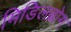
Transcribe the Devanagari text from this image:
मिडिलब्रोग